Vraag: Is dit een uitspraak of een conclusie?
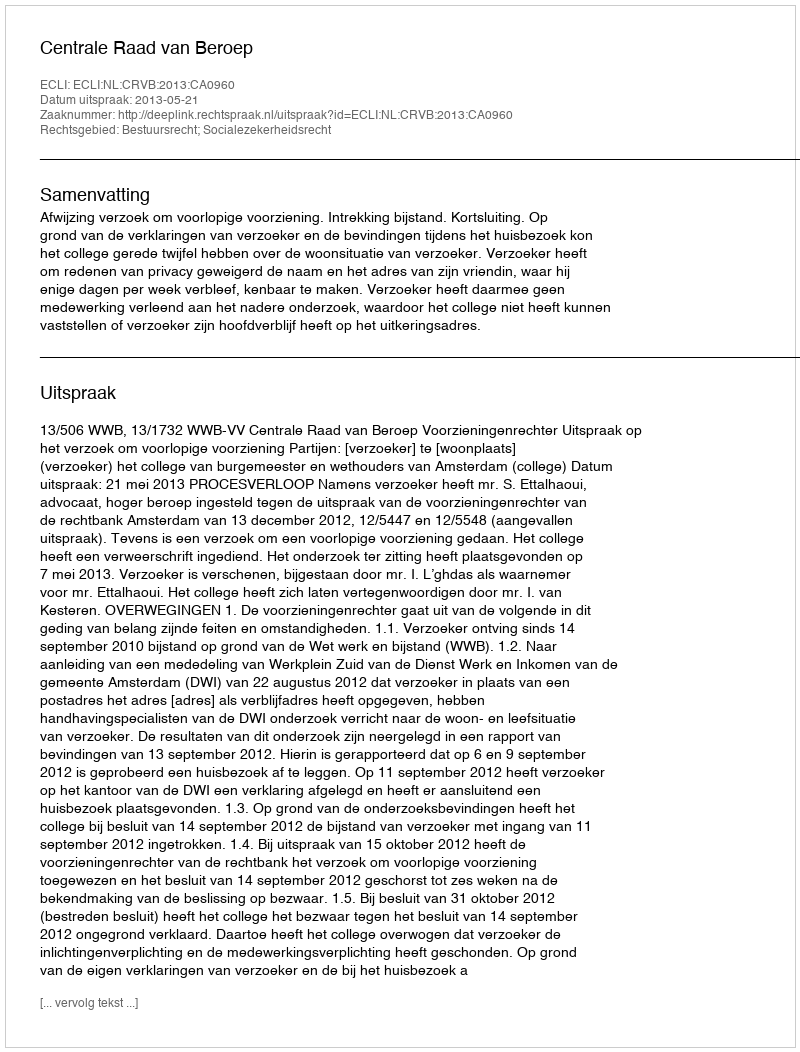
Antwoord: Uitspraak